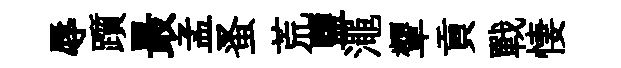
辱躓最孟蚤荒鹽澠顰貢戰悽